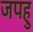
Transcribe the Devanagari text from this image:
जपहु